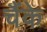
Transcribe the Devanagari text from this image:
चैंके